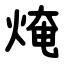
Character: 㷈